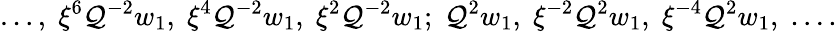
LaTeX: \ldots,\; \xi^{6}\mathcal{Q}^{-2}w_{1},\; \xi^{4}\mathcal{Q}^{-2}w_{1},\; \xi^{2}\mathcal{Q}^{-2}w_{1};\; \mathcal{Q}^{2}w_{1},\; \xi^{-2}\mathcal{Q}^{2}w_{1},\; \xi^{-4}\mathcal{Q}^{2}w_{1},\; \ldots.